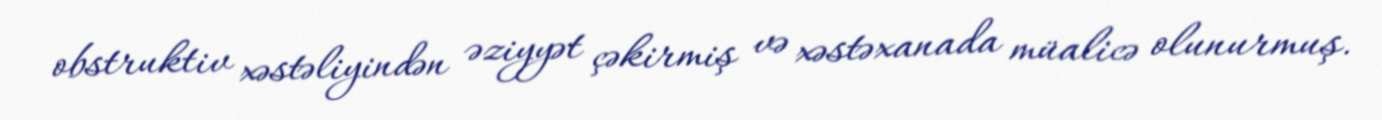
obstruktiv xəstəliyindən əziyyət çəkirmiş və xəstəxanada müalicə olunurmuş.